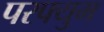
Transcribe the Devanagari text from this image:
परफ्युम